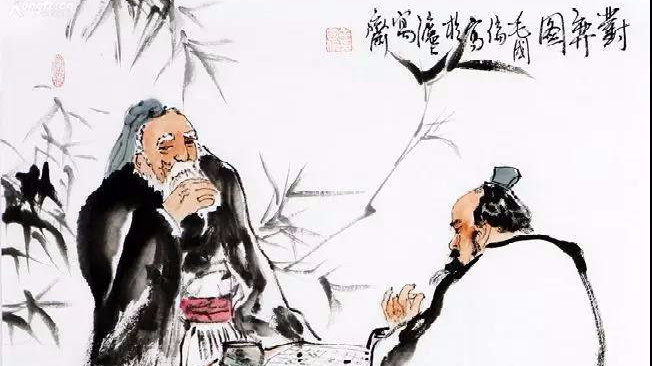
人之命在天，国之命在礼。